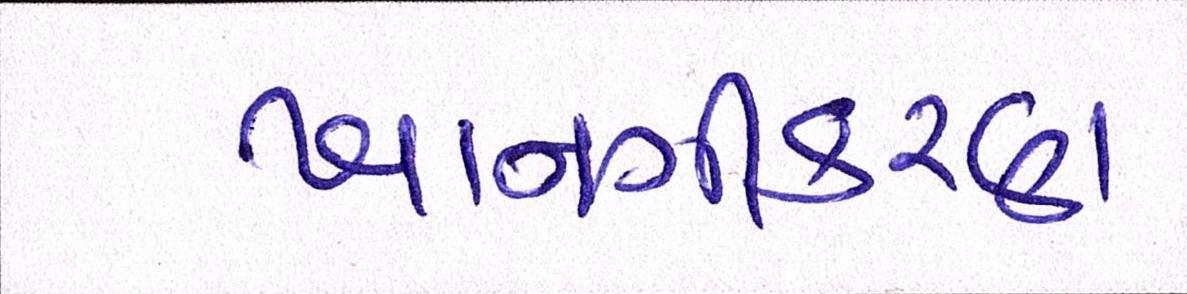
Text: ખાનગીકરણ